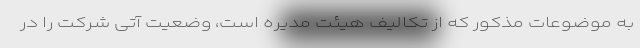
به موضوعات مذکور که از تکالیف هیئت مدیره است، وضعیت آتی شرکت را در